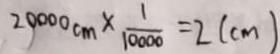
2 0 0 0 0 c m \times \frac { 1 } { 1 0 0 0 0 } = 2 ( c m )